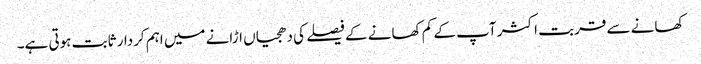
کھانے سے قربت اکثر آپ کے کم کھانے کے فیصلے کی دھجیاں اڑانے میں اہم کردار ثابت ہوتی ہے۔